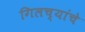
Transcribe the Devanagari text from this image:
गिलच्यांचे